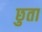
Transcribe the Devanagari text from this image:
छुता